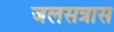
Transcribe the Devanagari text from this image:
जलसत्रास